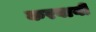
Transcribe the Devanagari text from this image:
करवायीं